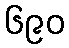
၆၉၀